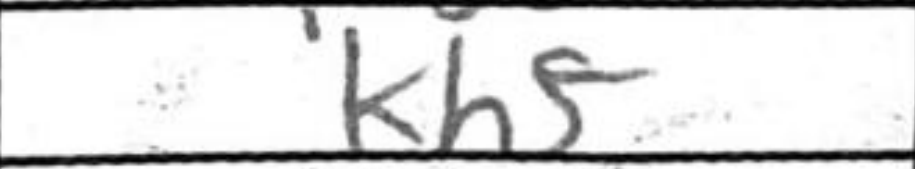
Transcription: Khf